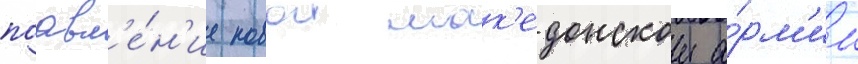
поавл'е́н'ие новои мак'едонскои а́рм'ии